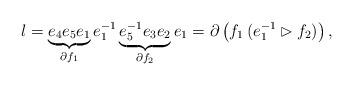
LaTeX: \begin{align*}l = \underbrace{e_4 e_5 e_1}_{\partial f_1} e_1^{-1} \underbrace{e_5^{-1} e_3 e_2}_{\partial f_2} e_1 = \partial \left( f_1 \, (e_1^{-1} \rhd f_2) \right),\end{align*}